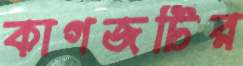
কাগজটির